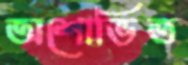
অশোভিত